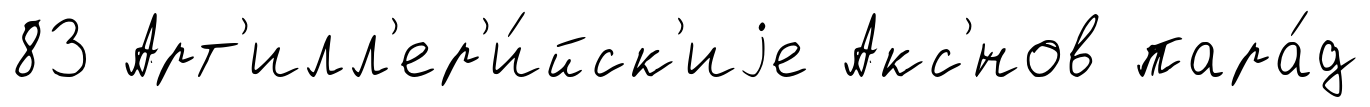
83 Арт'илл'ер'и́йск'иjе Акс'́нов пара́д